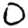
Digit: 0